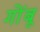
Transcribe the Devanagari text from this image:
गोंबू